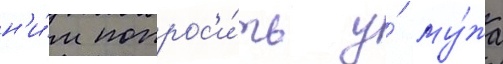
н'и́м попрос'и́ть у́ му́жа